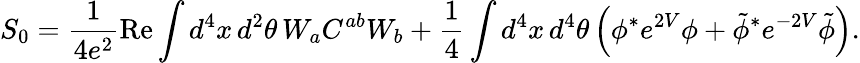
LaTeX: S_{0}=\frac{1}{4e^{2}}\mathrm{Re}\int d^{4}x\, d^{2}\theta\, W_{a}C^{ab}W_{b}+\frac{1}{4}\int d^{4}x\, d^{4}\theta\, \Big(\phi^{*}e^{2V}\phi+\tilde{\phi}^{*}e^{-2V}\tilde{\phi}\Big).